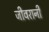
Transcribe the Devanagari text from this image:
जीवरानी